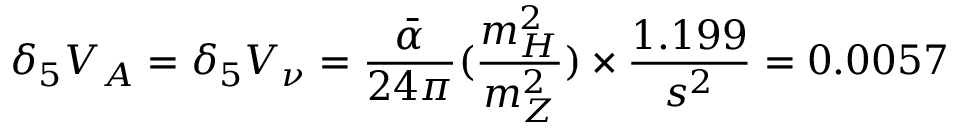
\delta _ { 5 } V _ { A } = \delta _ { 5 } V _ { \nu } = \frac { \bar { \alpha } } { 2 4 \pi } ( \frac { m _ { H } ^ { 2 } } { m _ { Z } ^ { 2 } } ) \times \frac { 1 . 1 9 9 } { s ^ { 2 } } = 0 . 0 0 5 7